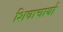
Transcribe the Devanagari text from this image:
शिवाचार्या